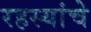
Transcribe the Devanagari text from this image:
रहस्यांचे